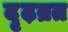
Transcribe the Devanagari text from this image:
दृढ़व्रत